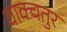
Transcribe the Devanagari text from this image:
वाक्चतुर